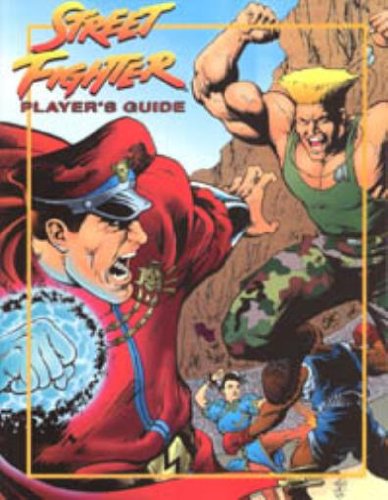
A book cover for Street Fighter Player's Guide; Andrew Lucas; Science Fiction & Fantasy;